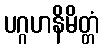
ပဂ္ဂဟနိမိတ္တံ